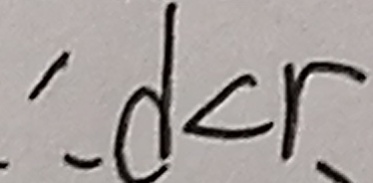
\therefore d < r